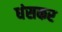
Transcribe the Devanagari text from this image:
धंसकर